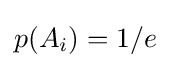
p(A_{i})=1/e